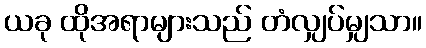
ယခု ထိုအရာများသည် တံလျှပ်မျှသာ။